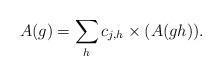
LaTeX: \begin{align*} A(g)=\sum_h c_{j,h}\times( A(gh)).\end{align*}